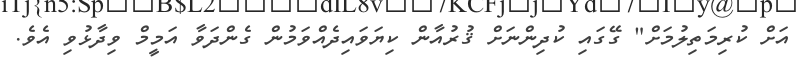
އަށް ކުރިމަތިލުމަށް" ގޭގައި ކުދިންނަށް ޤުރުއާން ކިޔަވައިދެއްވަމުން ގެންދަވާ އަމީމް ވިދާޅުވި އެވެ.